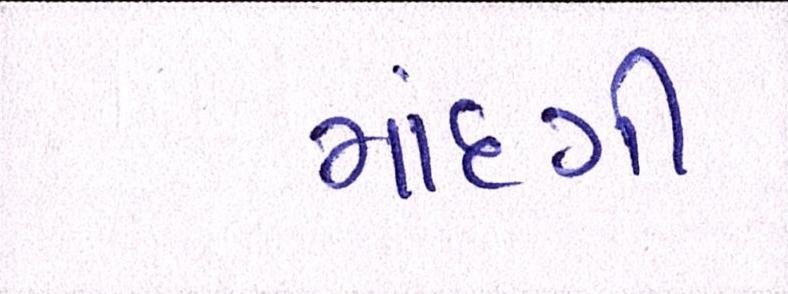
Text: માંદગી